King Institute of Preventive Medicine Micro-Biological Section reports 1912-19
Year: 1912
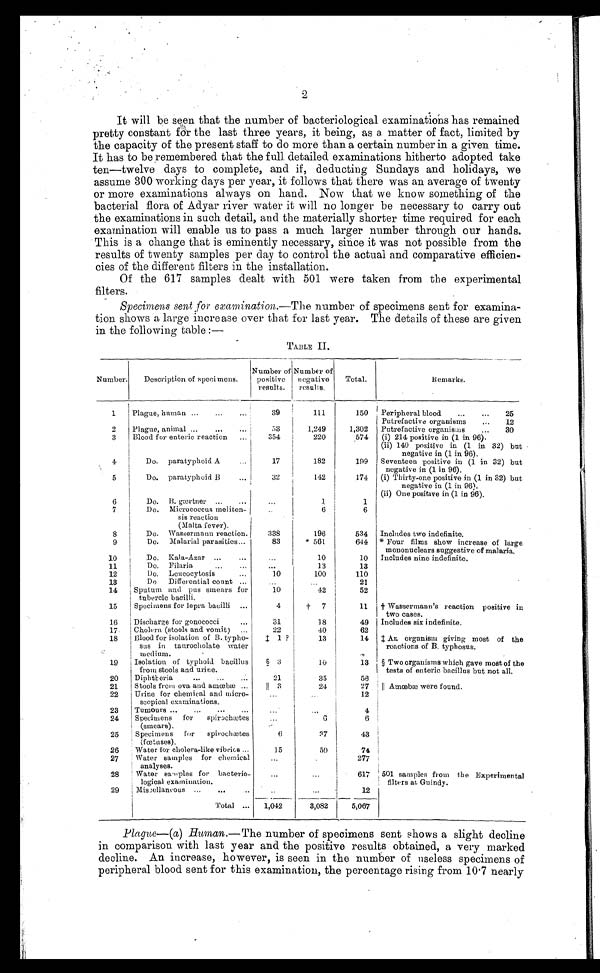
2
It will be seen that the number of bacteriological examinations has remained
pretty constant for the last three years, it being, as a matter of fact, limited by
the capacity of the present staff to do more than a certain number in a given time.
It has to be remembered that the full detailed examinations hitherto adopted take
ten—twelve days to complete, and if, deducting Sundays and holidays, we
assume 300 working days per year, it follows that there was an average of twenty
or more examinations always on hand. Now that we know something of the
bacterial flora of Adyar river water it will no longer be necessary to carry out
the examinations in such detail, and the materially shorter time required for each
examination will enable us to pass a much larger number through our hands.
This is a change that is eminently necessary, since it was not possible from the
results of twenty samples per day to control the actual and comparative efficien
-cies of the different filters in the installation.
Of the 617 samples dealt with 501 were taken from the experimental
filters.
Specimens sent for examination.— The number of specimens sent for examina
-tion shows a large increase over that for last year. The details of these are given
in the following table:—
TABLE II.
Number.
Description of specimens.
Number of
positive
results.
Number of
negative
results.
Total.
Remarks.
1
Plague, human . . .
3 9 111
150
Peripheral blood . . . 25
Putrefactive organisms . . . 12
2
Plague, animal . . .
53
1,249
1,302
Putrefactive organisms . . . 30
3
Blood for enteric reaction . . .
354
220
574
(i) 214 positive in (1 in 96).
(ii) 140 positive in (1 in 32) but
negative in (1 in 96).
4
Do. paratyphoid A . . .
17
182
199
Seventeen positive in (1 in 32) but
negative in (1 in 96).
5
Do. paratyphoid B . . .
32
142
174
(i) Thirty-one positive in (1 in 32) but
negative in (1 in 96).
(ii) One positive in (1 in 96).
6
Do. B. gærtner . . .
. . .
1
1
7
Do. Micrococcus meliten-
sis reaction
(Malta fever).
. . .
6
6
8
Do. Wassermann reaction.
338
196
534
Includes two indefinite.
9
Do. Malarial parasities . . .
83
*561
644 *Four films show increase of large
mononuclears suggestive of malaria.
10
Do. Kala-Azar . . .
. . .
10
10
Includes nine indefinite.
11
Do. Filaria . . .
. . .
13
13
12
Do. Leucocytosis . . .
10
100
110
13
Do Differential count . . .
. . .
. . .
21
14
Sputum and pus smears for
tubercle bacilli.
10
42
52
15
Specimens for lepra bacilli . . .
4
†7
11 † Wassermann's reaction positive in
two cases.
16
Discharge for gonococci . . .
3 1
18
49
Includes six indefinite.
17
Cholera (stools and vomit) . . .
22
40
62
18
Blood for isolation of B. typho-
sus in taurocholate water
medium.
‡ 1 ?
13
14
An organism giving most of the
reactions of B. typhosus.
19
Isolation of typhoid bacillus
from stools and urine.
ş 3
10
13
§ Two organisms which gave most of the
tests of enteric bacillus but not all.
20
Diphtheria . . .
21
35
56
21
Stools from ova and amœbæ . . .
║ 3
24
27 ║ Amœbæ were found.
22
Urine for chemical and micro-
scopical examinations.
. . .
. . .
12
23
Tumours . . .
. . .
. . .
4
24
Specimens for
spirochætes
(smears).
. . .
6
6
25
Specimens for
spirochætes
(fœtuses).
6
37
43
26
Water for cholera-like vibrics . . .
15
59
74
27
Water samples for chemical
analyses.
. . .
. . .
2 7 7
28
Water samples for bacterio-
logical examination.
. . .
. . .
617
501 samples from the Experimental
filters at Guindy.
29
Miscellaneous . . .
. . .
. . .
12
Total . . .
1,042
3,082
5 , 0 6 7
Plague—(a)
Human .—The number of specimens sent shows a slight decline
in comparison with last year and the positive results obtained, a very marked
decline. An increase, however, is seen in the number of useless specimens of
peripheral blood sent for this examination, the percentage rising from 10.7 nearly